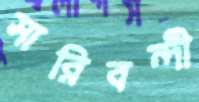
সারিবন্দী